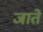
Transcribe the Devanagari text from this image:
जातेे